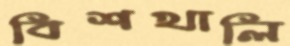
বিশখালি